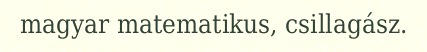
magyar matematikus, csillagász.